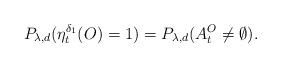
LaTeX: \begin{align*}P_{\lambda,d}(\eta_t^{\delta_1}(O)=1)=P_{\lambda,d}(A_t^O\neq \emptyset).\end{align*}